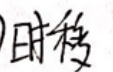
时移